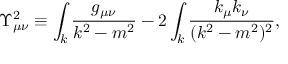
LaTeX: \Upsilon _ { \mu \nu } ^ { 2 } \equiv \int _ { k } \frac { g _ { \mu \nu } } { k ^ { 2 } - m ^ { 2 } } - 2 \int _ { k } \frac { k _ { \mu } k _ { \nu } } { ( k ^ { 2 } - m ^ { 2 } ) ^ { 2 } } ,